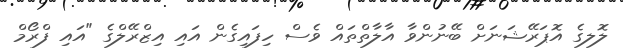
ލޮލގެ އޮޕަރޭޝަނަށް ބޭނުންވާ އާލާތްތައް ވެސް ހިފައިގެން އައި އިޒްރޭލްގެ "އައި ފްރޯމް